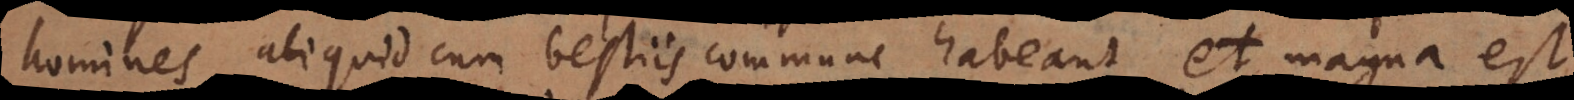
homines aliquid cum bestiis commune habeant, et magna est